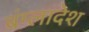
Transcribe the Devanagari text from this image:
बंग्‍लादेश